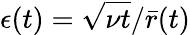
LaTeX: \epsilon(t)=\sqrt{\nu t}/{\bar{r}(t)}